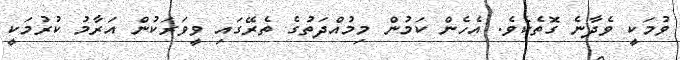
ވުމަކީ ވެދާނެ ގޮތެކެވެ. އެހެން ކަމުން މިމުއްދަތުގެ ތެރޭގައި ވީވަރަކުން އަރާމު ކުރުމަކީ